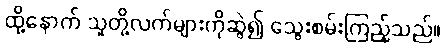
ထို့နောက် သူတို့လက်များကိုဆွဲ၍ သွေးစမ်းကြည့်သည်။